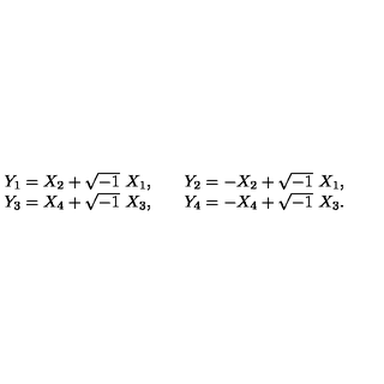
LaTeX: \begin{array} { l l } { Y _ { 1 } = X _ { 2 } + \sqrt { - 1 } \ X _ { 1 } , \quad } & { Y _ { 2 } = - X _ { 2 } + \sqrt { - 1 } \ X _ { 1 } , } \\ { Y _ { 3 } = X _ { 4 } + \sqrt { - 1 } \ X _ { 3 } , \quad } & { Y _ { 4 } = - X _ { 4 } + \sqrt { - 1 } \ X _ { 3 } . } \\ \end{array}